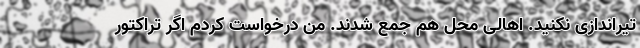
تیراندازی نکنید. اهالی محل هم جمع شدند. من درخواست کردم اگر تراکتور